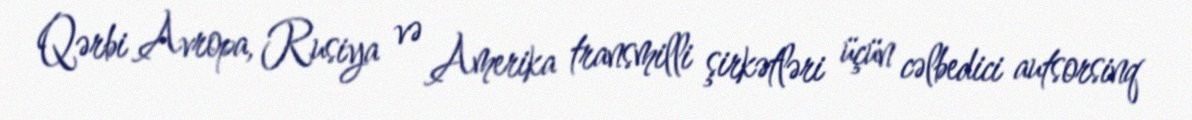
Qərbi Avropa, Rusiya və Amerika transmilli şirkətləri üçün cəlbedici autsorsinq